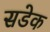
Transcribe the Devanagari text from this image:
सडेक